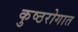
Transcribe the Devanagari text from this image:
कुष्ठरोगात